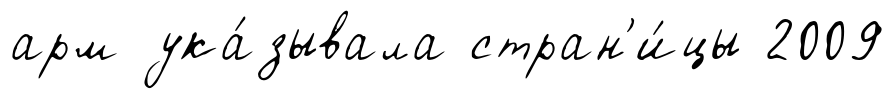
арм ука́зывала стран'и́цы 2009